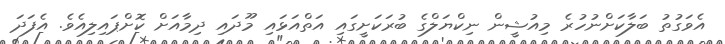
އެވަގުތު ބަލާކަށްނުހުރެ މިއުޝީން ނިކްޔަލްގެ ބުރަކަށީގައި އަތްއަޅައި މޫދައި ދިމާއަށް ކޮށްޕައިލިއެވެ. އެފަދަ